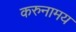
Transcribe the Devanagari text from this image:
करुनामय